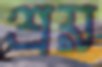
শ্রয়